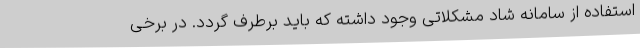
استفاده از سامانه شاد مشکلاتی وجود داشته که باید برطرف گردد. در برخی